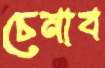
চেনাব